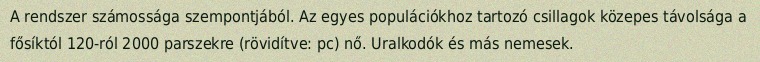
A rendszer számossága szempontjából. Az egyes populációkhoz tartozó csillagok közepes távolsága a fősíktól 120-ról 2000 parszekre (rövidítve: pc) nő. Uralkodók és más nemesek.